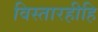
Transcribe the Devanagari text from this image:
विस्तारहीहि